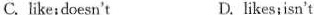
C. like;doesn't D. likes; isn't